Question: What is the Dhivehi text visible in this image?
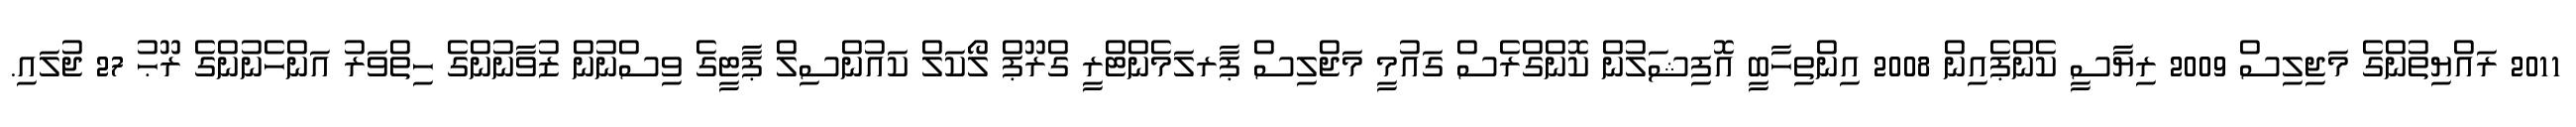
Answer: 2011 ރައްޔިތުންގެ މަޖިލިސް 2009 ރިޔާސީ ކެންޕެއިން 2008 އިންތިހާބީ އޮފިޝަލުން ކޮންގްރެސް ގައުމީ މަޖްލިސް ޕާރލަމެންޓްރީ ގްރޫޕް ލޯކަލް ކައުންސިލް ޕާޓީގެ ވިސްނުން ޒުވާނުންގެ ހިތްވަރު އަންހެނުންގެ ރޫޙު 27 ޖުލައި.